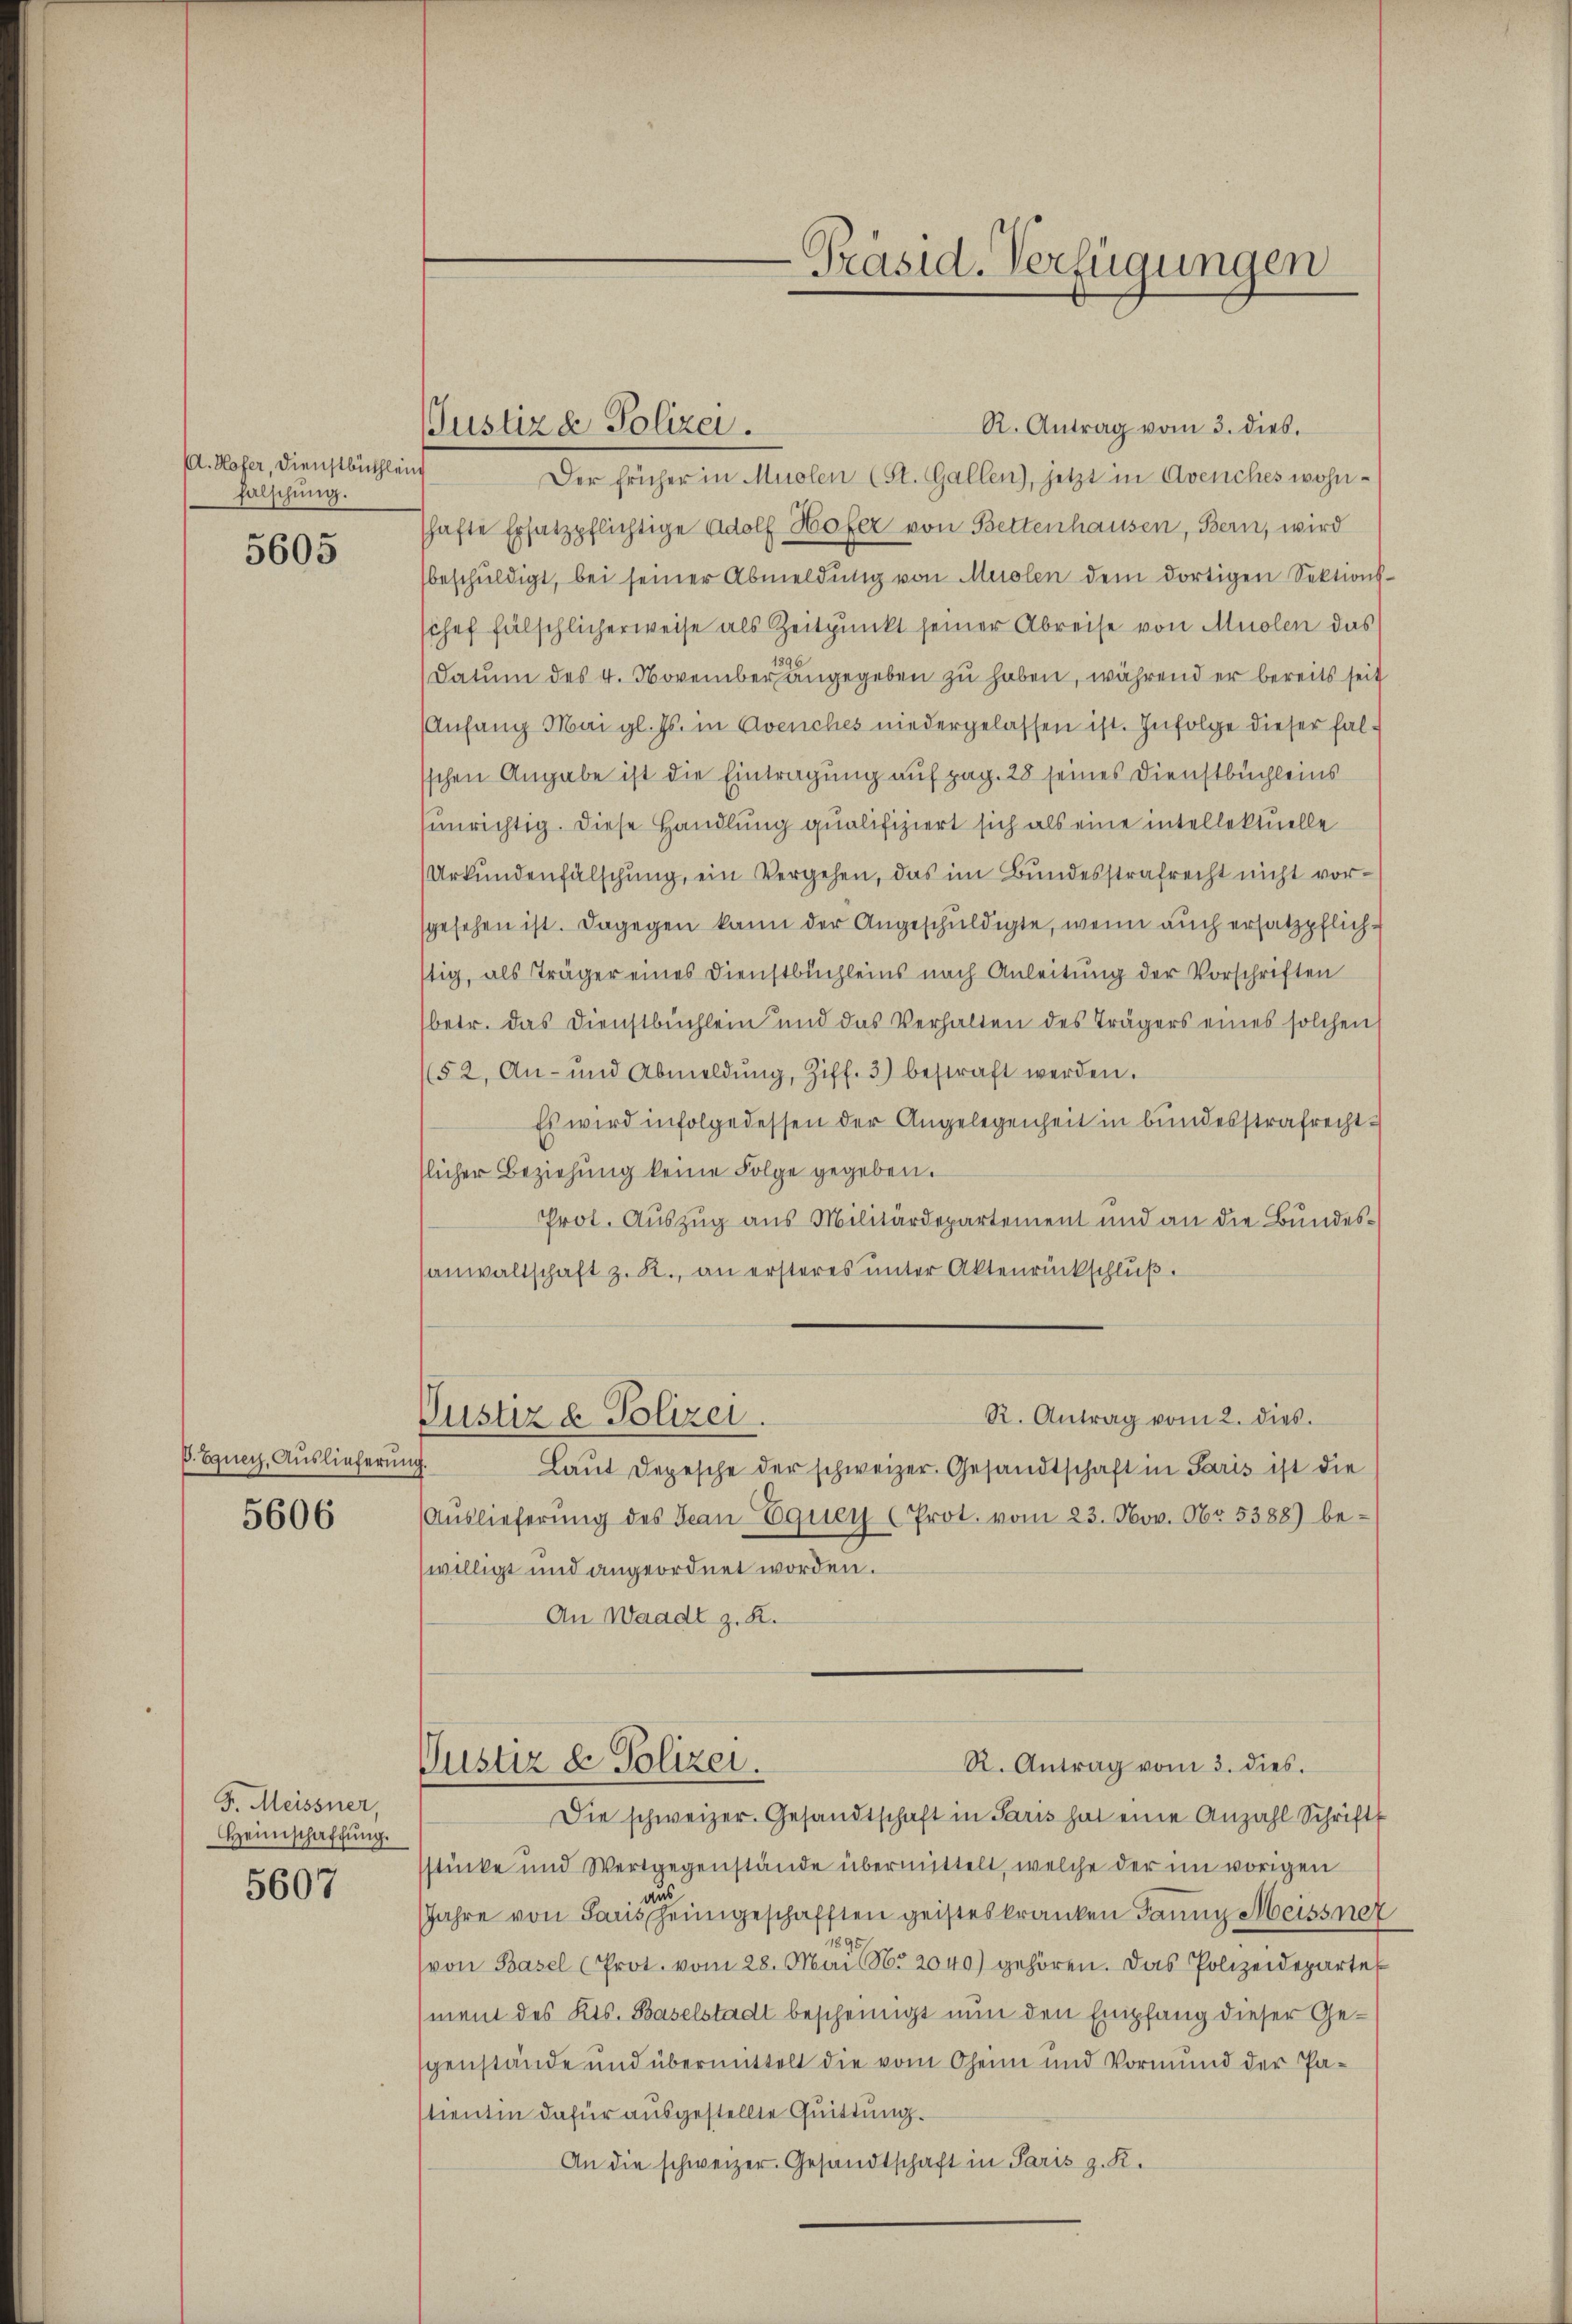
d. Hofer, Dienstbüchlei
falschung.

5605

P. Equer, Auslieferung

5606

F. Meissner,
Heimschaffung.
5607

Justiz & Polizei.

R. Antrag vom 3. dies.
Der früher in Muolen (St. Gallen), jetzt in Avenches wohnshafte Ersatzpflichtige Adolf Hofer von Bettenhausen, Bern, wird
beschuldigt, bei seiner Abmeldung von Muolen dem dortigen Sektions-
schef fälschlicherweise als Zeitpunkt seiner Abreise von Muolen das
.
Datum des 4. November angegeben zu haben, während er bereits seit
Anfang Mai gl. Js. in Avenches niedergelassen ist. Infolge dieser falsschen Angabe ist die Eintragung auf pag. 28 seines Dienstbüchleins
unrichtig. Diese Handlung qualifiziert sich als eine intellektuelle
Urkundenfälschung, ein Vergehen, das im Bundesstrafrecht nicht vorsgesehen ist. Dagegen kann der Angeschuldigte, wenn auch ersatzpflichstig, als Träger eines Dienstbuchleins nach Anleitung der Vorschriften
betr. das Dienstbüchlein und das Verhalten des Trägers eines solchen
(52, An- und Abmeldŭng, Ziff. 3) bestraft werden.
Es wird infolgedessen der Angelegenheit in bundesstrafrecht
slicher Beziehung keine Folge gegeben.
Prot. Auszug aus Militärdepartement und an die Bundessanwaltschaft z. R., an ersteres ŭnter Aktenrückschlŭβ.
R. Antrag vom 2. dies.
Pustiz & Polizei.
G.
Laŭt Depesche der schweizer. Gesandtschaft in Paris ist die
Auslieferung des Jean-Equer (Prot. vom 23. Nov. Nr. 5388) bewilligt und angeordnet worden.
An Waadt z. R.
R. Antrag vom 3. dies.
Justiz & Polizei.
Die schweizer. Gesandtschaft in Paris hat eine Anzahl Schrift
sstücke und Wertgegenstände übermittelt, welche der im vorigen
d
JJahre von Paris heimgeschafften geisteskranken Jaune Meiss nat
891
(von Basel (Prot. vom 28. Mai 186. 2040) gehören. Das Polizeidepartement des Kts. Baselstadt bescheinigt nun den Empfang dieser Gegenstände und übermittelt die vom Oheim und Vormund der Pastientin dafür ausgestellte Quittung.
An die schweizer. Gesandtschaft in Paris z. R.

Präsid. Verfügungen